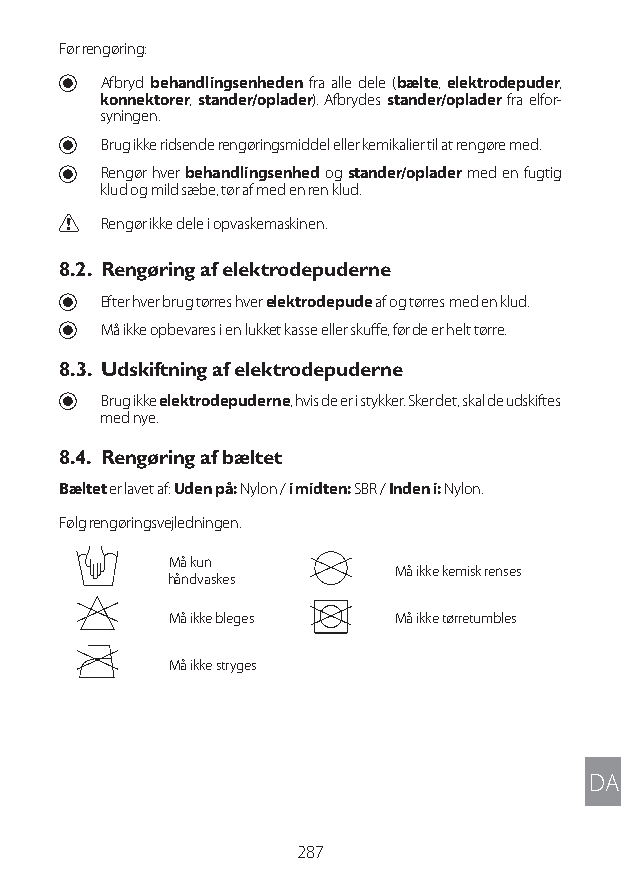
Før rengøring:
 U Afbryd behandlingsenheden fra alle dele (bælte, elektrodepuder,
 konnektorer, stander/oplader). Afbrydes stander/oplader fra elfor-
 syningen.
 U Brug ikke ridsende rengøringsmiddel eller kemikalier til at rengøre med.
 U Rengør hver behandlingsenhed og stander/oplader med en fugtig
 klud og mild sæbe, tør af med en ren klud.
 C Rengør ikke dele i opvaskemaskinen.
 8.2. Rengøring af elektrodepuderne
 U Efter hver brug tørres hver elektrodepude af og tørres med en klud.
 U Må ikke opbevares i en lukket kasse eller skuffe, før de er helt tørre.
 8.3. Udskiftning af elektrodepuderne
 U Brug ikke elektrodepuderne, hvis de er i stykker. Sker det, skal de udskiftes
 med nye.
 8.4. Rengøring af bæltet
 Bæltet er lavet af: Uden på: Nylon / i midten: SBR / Inden i: Nylon.
 Følg rengøringsvejledningen.
 Må kun
 Må ikke kemisk renses
 håndvaskes
 Må ikke bleges Må ikke tørretumbles
 Må ikke stryges
 DA
 287
 Lipo UM EU124 3545B inside ALL EU124 ED296-24 release.indd 287 14/08/2018 10:57:50